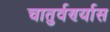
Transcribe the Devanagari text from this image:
चातुर्वर्ण्यास